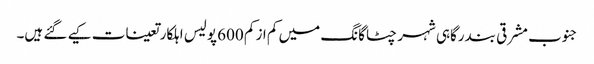
جنوب مشرقی بندرگاہی شہر چٹاگانگ میں کم از کم 600 پولیس اہلکار تعینات کیے گئے ہیں۔